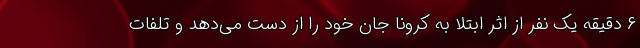
۶ دقیقه یک نفر از اثر ابتلا به کرونا جان خود را از دست می‌دهد و تلفات